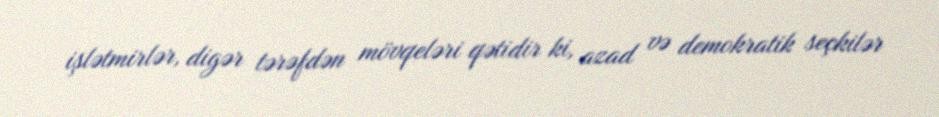
işlətmirlər, digər tərəfdən mövqeləri qətidir ki, azad və demokratik seçkilər